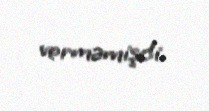
verməmişdi.